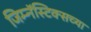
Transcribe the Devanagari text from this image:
जिम्नॅस्टिक्सच्या